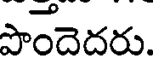
పొందెదరు.